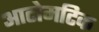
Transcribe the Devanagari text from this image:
आटोमटिक